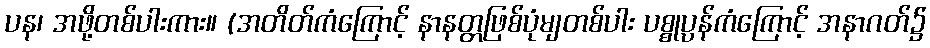
ပန၊ အဖို့တစ်ပါးကား။ (အတိတ်ကံကြောင့် နာနတ္တဖြစ်ပုံမျတစ်ပါး ပစ္စုပ္ပန်ကံကြောင့် အနာဂတ်၌